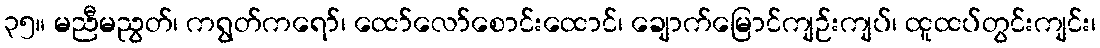
၃၅။ မညီမညွတ်၊ ကရွတ်ကရော်၊ ထော်လော်စောင်းထောင်၊ ချောက်မြောင်ကျဉ်းကျပ်၊ ထူထပ်တွင်းကျင်း၊